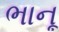
ભાનૂ